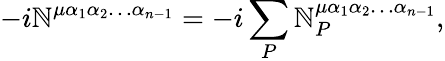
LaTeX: -i\mathbb{N}^{\mu\alpha_{1}\alpha_{2}\ldots\alpha_{n-1}}=-i\sum_{P}\mathbb{N}_{P}^{\mu\alpha_{1}\alpha_{2}\ldots\alpha_{n-1}},